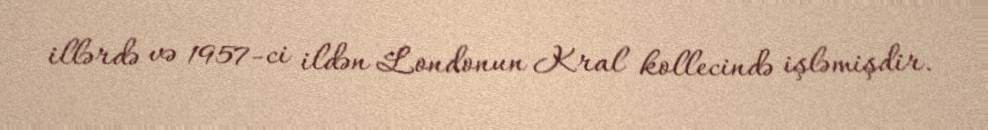
illərdə və 1957-ci ildən Londonun Kral kollecində işləmişdir.